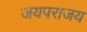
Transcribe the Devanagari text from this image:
जयपराजय